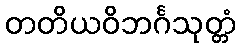
တတိယဝိဘင်္ဂသုတ္တံ